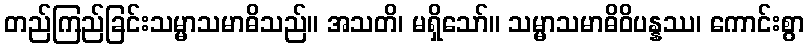
တည်ကြည်ခြင်းသမ္မာသမာဓိသည်။ အသတိ၊ မရှိသော်။ သမ္မာသမာဓိဝိပန္နဿ၊ ကောင်းစွာ